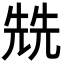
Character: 兟